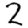
Digit: 2